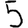
Digit: 5